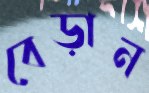
বেড়ান